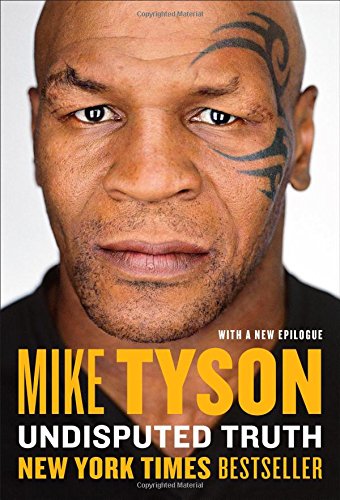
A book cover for Undisputed Truth; Mike Tyson; Biographies & Memoirs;